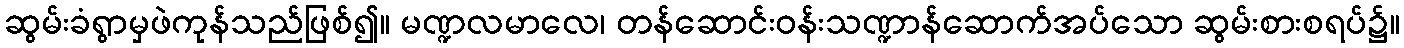
ဆွမ်းခံရွာမှဖဲကုန်သည်ဖြစ်၍။ မဏ္ဍလမာလေ၊ တန်ဆောင်းဝန်းသဏ္ဍာန်ဆောက်အပ်သော ဆွမ်းစားစရပ်၌။